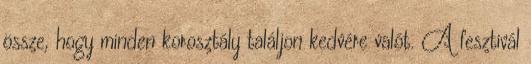
össze, hogy minden korosztály találjon kedvére valót. A fesztivál